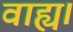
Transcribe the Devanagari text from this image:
वाह्य।